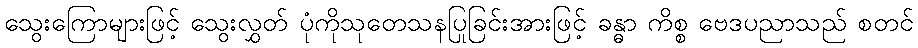
သွေးကြောများဖြင့် သွေးလွှတ် ပုံကိုသုတေသနပြုခြင်းအားဖြင့် ခန္ဓာ ကိစ္စ ဗေဒပညာသည် စတင်